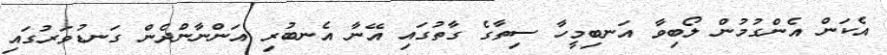
އެކަން އެންގުމުން ލޯބިވާ އަނބިމީހާ ސިތާގެ ގާތުގައި އޭނާ އެނބުރި އަންނާންދެން ގަނޑުވަރުގައި